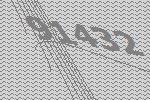
91432